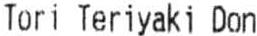
TORI TERIYAKI DON